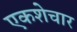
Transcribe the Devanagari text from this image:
एकशेचार